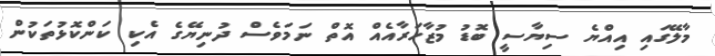
މާލޭގައި އިއްޔެ ސިޔާސީ ބޮޑު މުޒާހަރާއެއް އޮތް ނަމަވެސް ދުނިޔޭގެ އެކި ކަންކޮޅުތަކުން